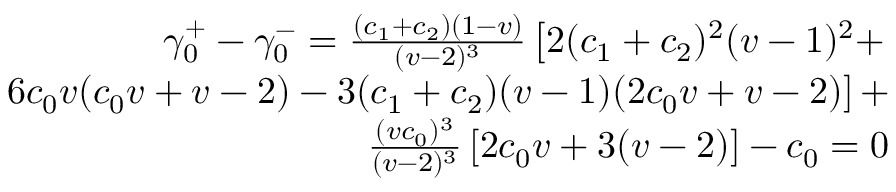
\begin{array} { r l } { \gamma _ { 0 } ^ { + } - \gamma _ { 0 } ^ { - } = \frac { ( c _ { 1 } + c _ { 2 } ) ( 1 - v ) } { ( v - 2 ) ^ { 3 } } \left[ 2 ( c _ { 1 } + c _ { 2 } ) ^ { 2 } ( v - 1 ) ^ { 2 } + \right. } & { } \\ { \left. 6 c _ { 0 } v ( c _ { 0 } v + v - 2 ) - 3 ( c _ { 1 } + c _ { 2 } ) ( v - 1 ) ( 2 c _ { 0 } v + v - 2 ) \right] + } & { } \\ { \frac { ( v c _ { 0 } ) ^ { 3 } } { ( v - 2 ) ^ { 3 } } \left[ 2 c _ { 0 } v + 3 ( v - 2 ) \right] - c _ { 0 } = 0 } \end{array}